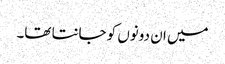
میں ان دونوں کو جانتا تھا۔